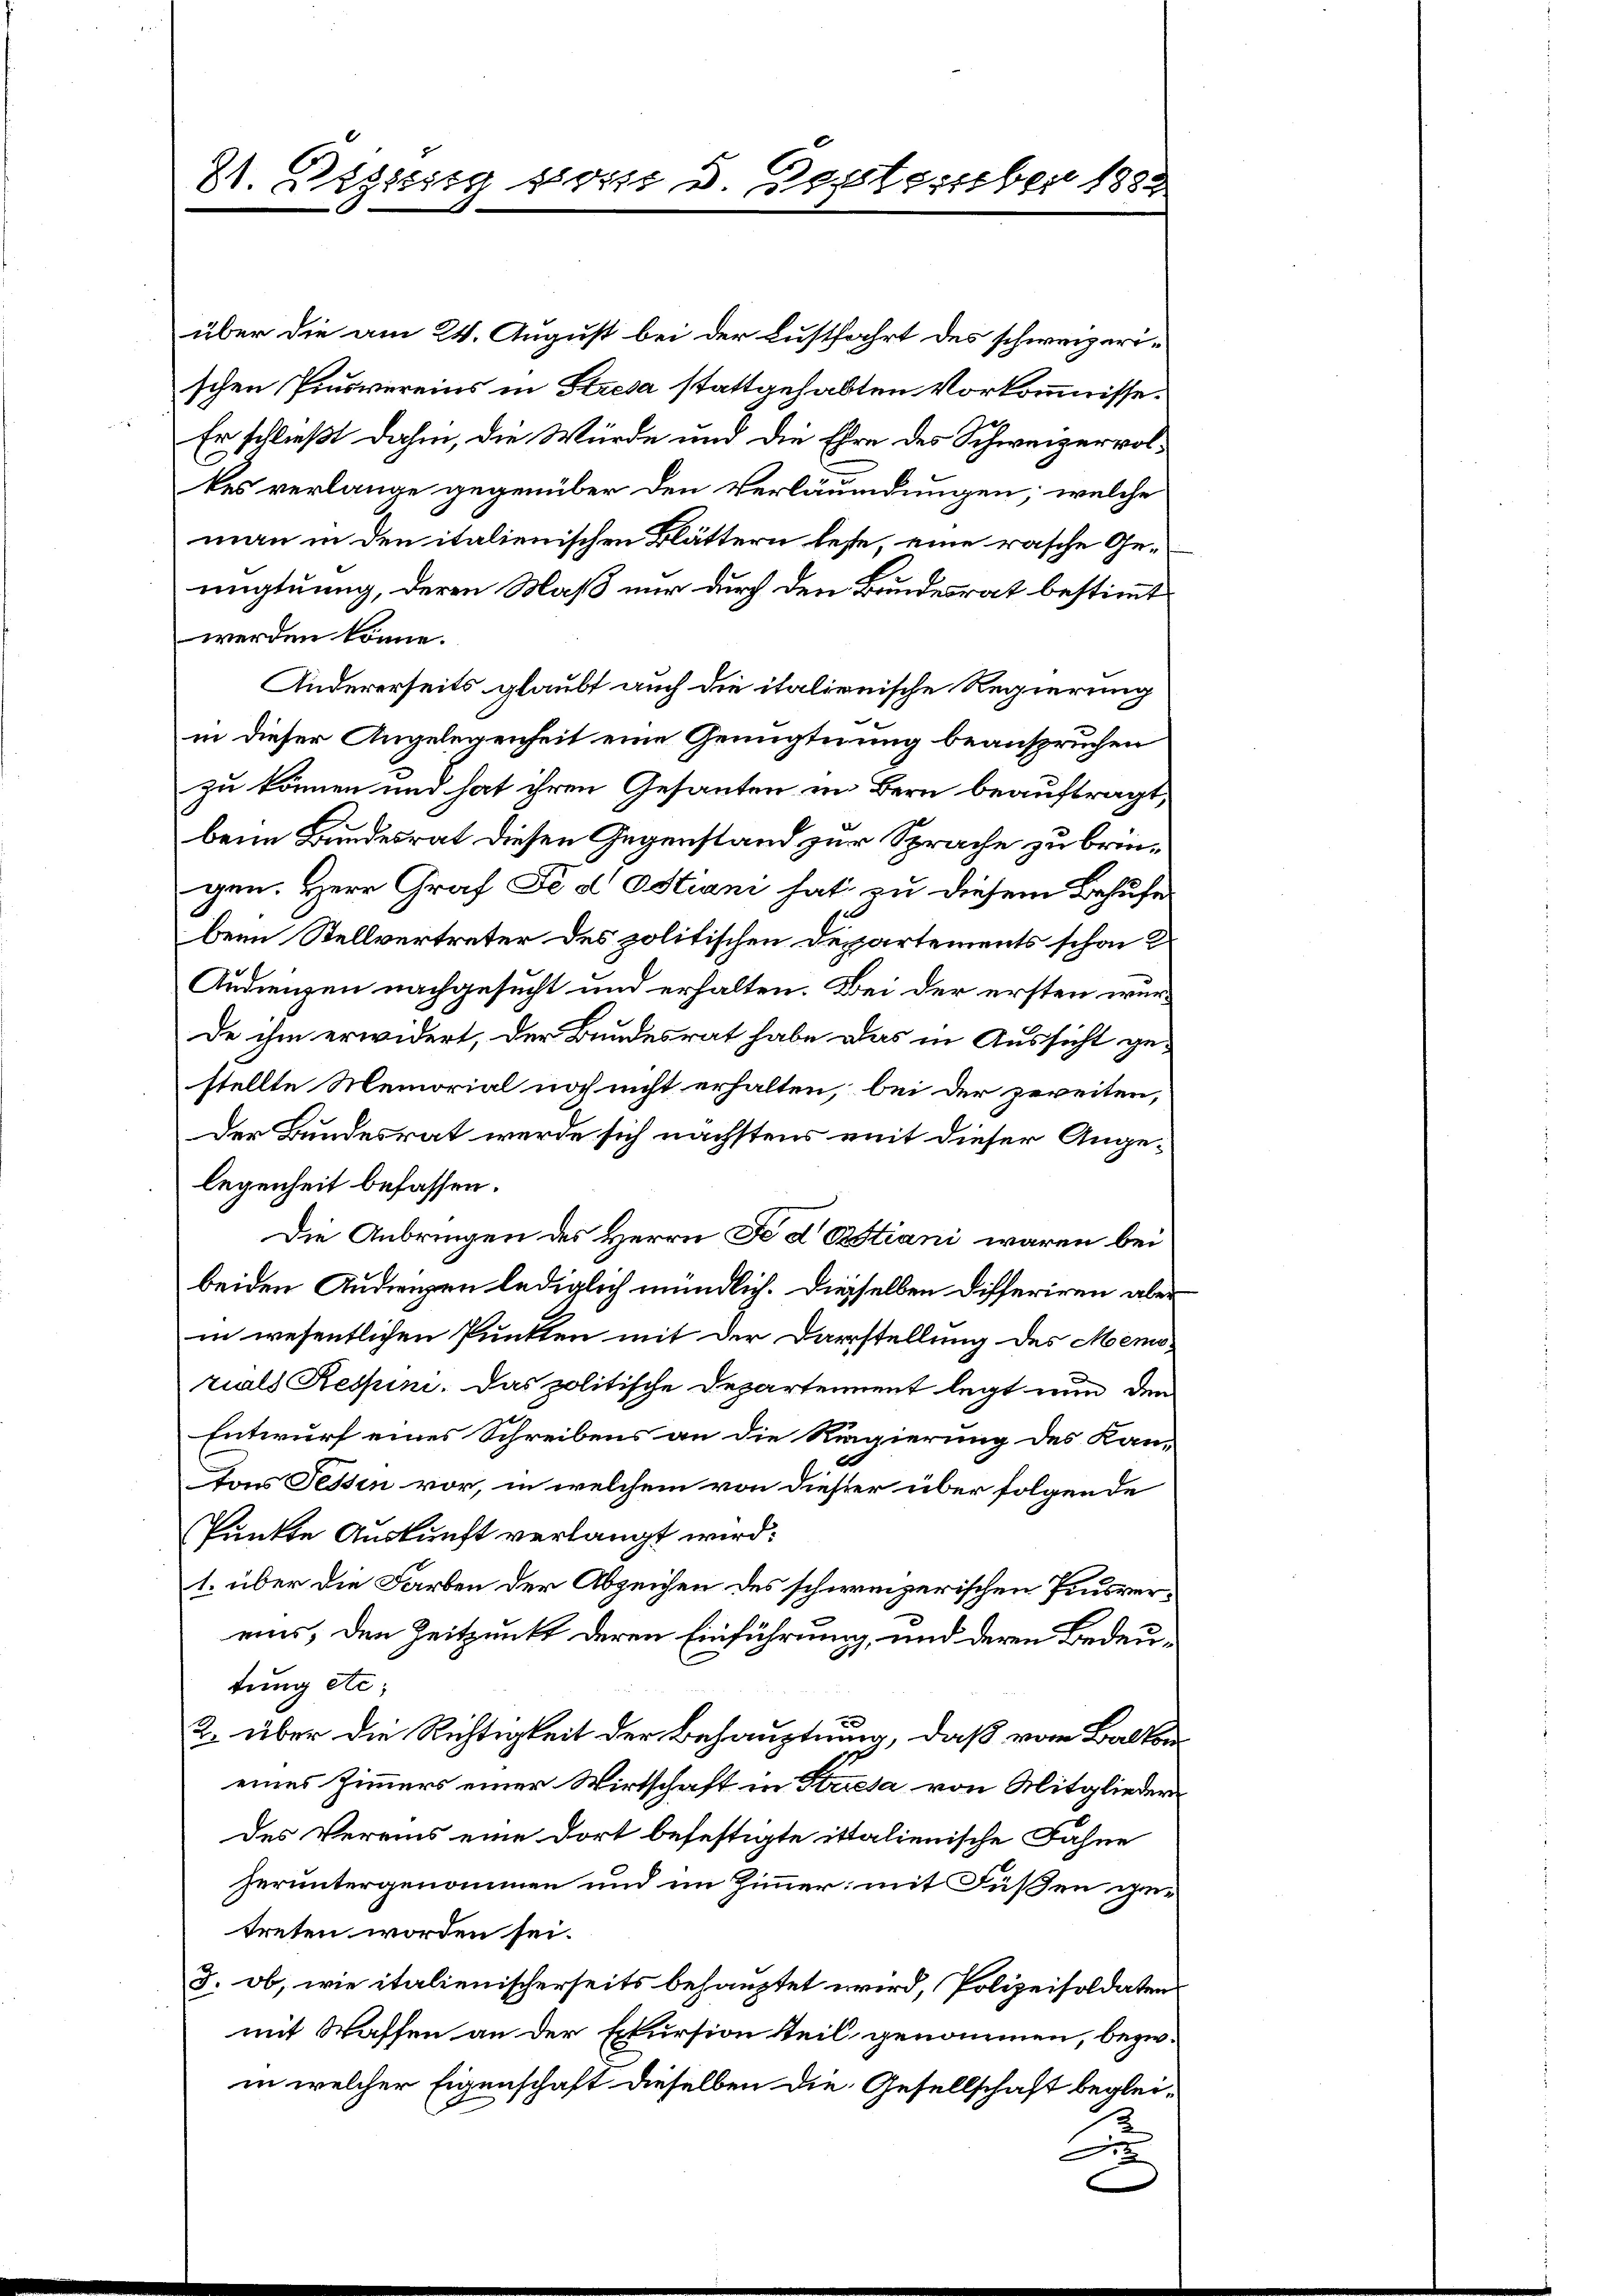
81. Bezug von 5. September 1882

über die am 24. August bei der Lustfahrt des schweizerischen Pinsvereins in Stresa stattgehabten Vorkommnisse.
Er schließt dahin, die Würde und die Ehre des Schweizerrolkes verlange gegenüber den Verläumdungen, welche
man in den italienischen Blättern lese, eine rasche Genugtuung, deren Maß nur durch den Bundesrat bestimmt
werden könne.
Andererseits glaubt auch die italienische Regierung
in dieser Angelegenheit eine Genügtnung beanspruchen
zu können und hat ihren Gesanten in Bern beauftragt,
beim Bundesrat diesen Gegenstand zur Sprache zu bringen. Herr Graf Fe d Ostiani hat zu diesem Behufe
beim Stellvertreter des politischen Departements schon
Audienzen nachgesucht und erhalten. Bei der ersten werde ihm erwidert, der Bundesrat habe das in Aussicht gestellte Memorial noch nicht erhalten, bei der zweiten,
Der Bundesrat werde sich nächstens mit dieser Angelegenheit befassen.
Die Anbringen des Herrn Fe d Bestiani waren bei
beiden Audienzen lediglich mündlich. Diesselben Differiren aber
in wesentlichen Punkten mit der Darstellung des Memotials Respini. Das politische Departement legt nun den
Entwurf eines Schreibens an die Regierung des Kantons Fessen vor, in welchem von dieser über folgende
Punkte Auskunft verlangt wird:
1. über die Farben der Abzeichen des schweizerischen Pinsvereins, den Zeitpunkt deren Einführung, und deren Bedeutung etc.
2. über die Richtigkeit der Behauptung, daß vom Balkon
eines Zimmers einer Wirtschaft in Striesa von Mitglieder
des Vereins eine dort befestigte ittalienische Fahne
heruntergenommen und im Zimmer: mit Füßen zur
treten worden sei.
3. ob, wie italienischerseits behauptet wird, Polizeisoldaten
mit Waffen an der Exkursion steil genommen, bezw.
in welcher Eigenschaft dieselben die Gesellschaft beglei¬
Bu